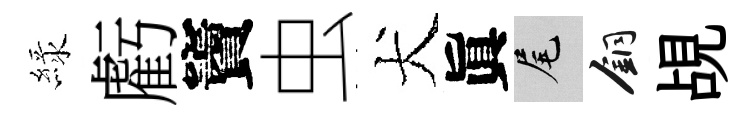
緑虧竇虫犬眞尾銅覘